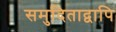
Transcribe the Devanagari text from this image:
समुदिताद्वापि